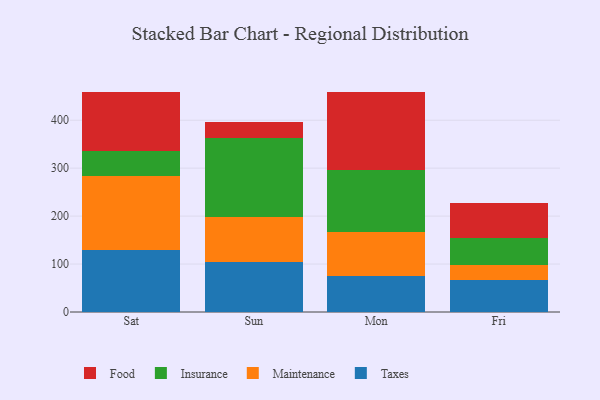
{"axis": {"x": "Day", "y": "Backlog"}, "legend": ["Food", "Insurance", "Maintenance", "Taxes"], "data": [{"x": "Sat", "y": 130.3, "type": "Taxes"}, {"x": "Sat", "y": 152.7, "type": "Maintenance"}, {"x": "Sat", "y": 52.3, "type": "Insurance"}, {"x": "Sat", "y": 124.4, "type": "Food"}, {"x": "Sun", "y": 104.4, "type": "Taxes"}, {"x": "Sun", "y": 93.5, "type": "Maintenance"}, {"x": "Sun", "y": 165.1, "type": "Insurance"}, {"x": "Sun", "y": 32.4, "type": "Food"}, {"x": "Mon", "y": 74.5, "type": "Taxes"}, {"x": "Mon", "y": 92.7, "type": "Maintenance"}, {"x": "Mon", "y": 128.2, "type": "Insurance"}, {"x": "Mon", "y": 163.8, "type": "Food"}, {"x": "Fri", "y": 65.9, "type": "Taxes"}, {"x": "Fri", "y": 31.5, "type": "Maintenance"}, {"x": "Fri", "y": 57.3, "type": "Insurance"}, {"x": "Fri", "y": 71.9, "type": "Food"}]}